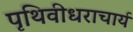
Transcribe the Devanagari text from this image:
पृथिवीधराचार्य